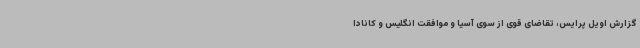
گزارش اویل پرایس، تقاضای قوی از سوی آسیا و موافقت انگلیس و کانادا